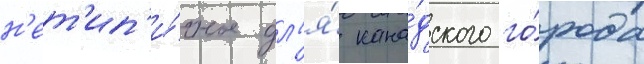
н'ет'ип'и́чное дл'я́ кана́дского го́рода